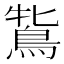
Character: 𪀻